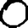
Digit: 0